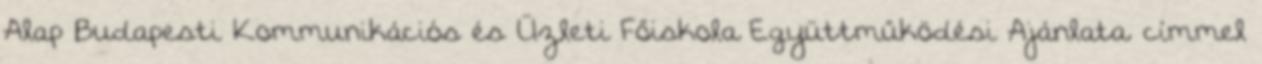
Alap Budapesti Kommunikációs és Üzleti Főiskola Együttműködési Ajánlata. címmel